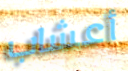
أعشاب